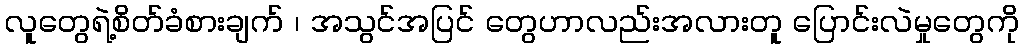
လူတွေရဲ့စိတ်ခံစားချက် ၊ အသွင်အပြင် တွေဟာလည်းအလားတူ ပြောင်းလဲမှုတွေကို